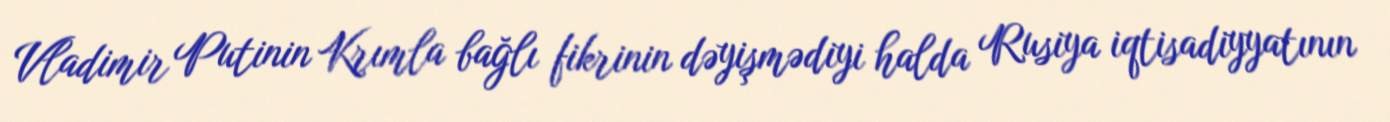
Vladimir Putinin Krımla bağlı fikrinin dəyişmədiyi halda Rusiya iqtisadiyyatının